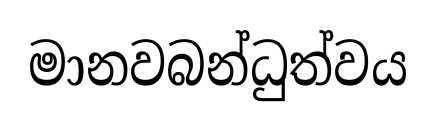
මානවබන්ධුත්වය